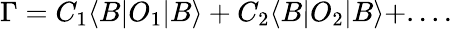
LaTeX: \Gamma=C_{1}\langle B|O_{1}|B\rangle+C_{2}\langle B|O_{2}|B\rangle+....